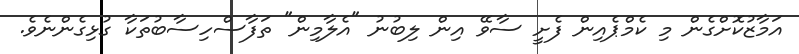
އަމާޒުކޮށްގެން މި ކެމްޕެއިން ފެށީ ސާވޭ އިން ލިބުނު "އެލާމިން" ތަފާސްހިސާބުތަކާ ގުޅިގެންނެވެ.